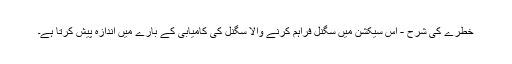
خطرے کی شرح - اس سیکشن میں سگنل فراہم کرنے والا سگنل کی کامیابی کے بارے میں اندازہ پیش کرتا ہے۔